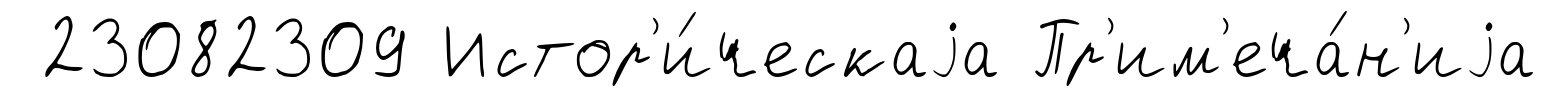
23082309 Истор'и́ческаjа Пр'им'еча́н'иjа